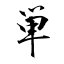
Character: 単